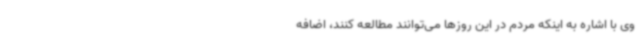
وی با اشاره به اینکه مردم در این روزها می‌توانند مطالعه کنند، اضافه